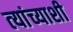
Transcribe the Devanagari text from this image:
त्‍यांच्‍याशी